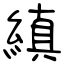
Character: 縝